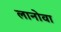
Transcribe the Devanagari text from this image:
लानोवा